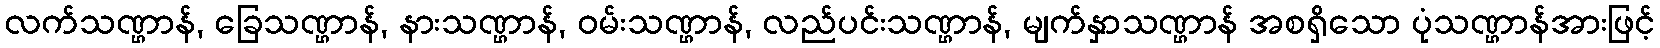
လက်သဏ္ဌာန်, ခြေသဏ္ဌာန်, နားသဏ္ဌာန်, ဝမ်းသဏ္ဌာန်, လည်ပင်းသဏ္ဌာန်, မျက်နှာသဏ္ဌာန် အစရှိသော ပုံသဏ္ဌာန်အားဖြင့်